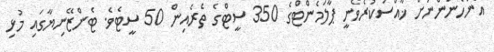
އަންހެނުންނަށް ޚާއްސަކުރެވެނީ ޕާލަމެންޓްގެ 350 ސީޓްގެ ތެރެއިން 50 ސީޓެވެ. ޓެންޒޭނިޔާގައި މުޅި